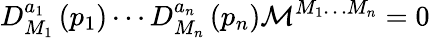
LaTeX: D_{M_{1}}^{a_{1}}\left(p_{1}\right)\cdots D_{M_{n}}^{a_{n}}\left(p_{n}\right){\cal M}^{M_{1}\dots M_{n}}=0